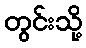
တွင်းသို့